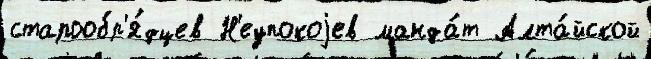
старообр'я́дцев Н'еупокоjев манда́т Алта́йской